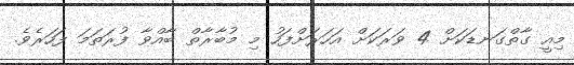
މިއީ ގާތްގަނޑަކަށް 4 ވަރަކަށް އަހަރަށްފަހު މި މުބާރާތް ބާއްވާ ފުރަތަމަ ފަހަރެވެ.